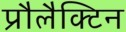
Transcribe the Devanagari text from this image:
प्रौलैक्टिन